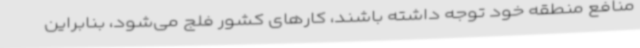
منافع منطقه خود توجه داشته باشند، کارهای کشور فلج می‌شود، بنابراین